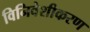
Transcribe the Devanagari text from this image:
विनिवेशीकरण